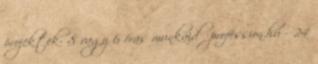
projektek- 8 vagy 6 órás munkaidő profession.hu - 24